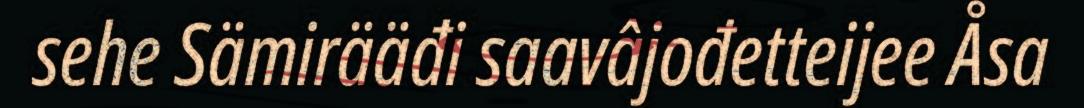
sehe Sämirääđi saavâjođetteijee Åsa